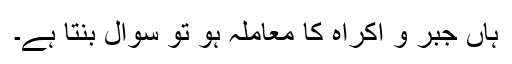
ہاں جبر و اکراہ کا معاملہ ہو تو سوال بنتا ہے۔